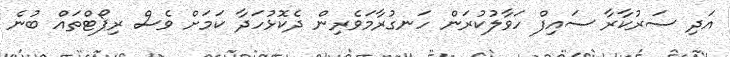
އަދި ސަރުކާރާ ސައިފް ހަވާލުކުރަން ހަނގުރާމަވެރިން ދެކޮޅުހަދާ ކަމަށް ވެސް ރިޕޯޓްތައް ބުނެ